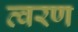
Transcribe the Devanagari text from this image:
त्‍वरण